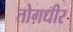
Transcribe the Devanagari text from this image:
तोगधीर